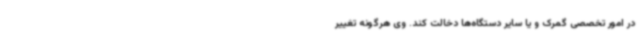
در امور تخصصی گمرک و یا سایر دستگاه‌ها دخالت کند. وی هرگونه تغییر